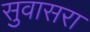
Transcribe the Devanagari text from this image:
सुवासरा